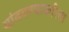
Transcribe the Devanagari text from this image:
थांबवण्याकरिता